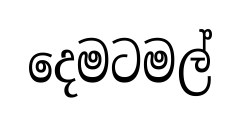
දෙමටමල්